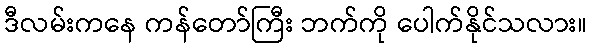
ဒီလမ်းကနေ ကန်တော်ကြီး ဘက်ကို ပေါက်နိုင်သလား။